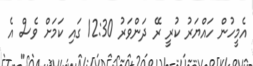
އެމީހުން ހައްޔަރު ކުރީ ރޭ ދަންވަރު 12:30 ގައި ކަމަށް ވެސް އެ